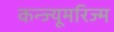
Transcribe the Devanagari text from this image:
कन्ज्यूमरिज्म